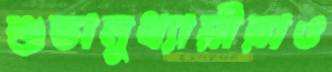
শুভানুধ্যায়ীরাও